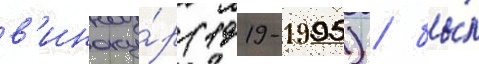
в'иноку́р (1919-1995) / бы́л